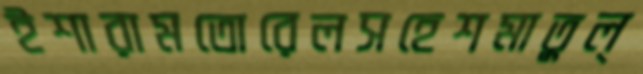
ইশারামতোরেলসহেশমাতুল্